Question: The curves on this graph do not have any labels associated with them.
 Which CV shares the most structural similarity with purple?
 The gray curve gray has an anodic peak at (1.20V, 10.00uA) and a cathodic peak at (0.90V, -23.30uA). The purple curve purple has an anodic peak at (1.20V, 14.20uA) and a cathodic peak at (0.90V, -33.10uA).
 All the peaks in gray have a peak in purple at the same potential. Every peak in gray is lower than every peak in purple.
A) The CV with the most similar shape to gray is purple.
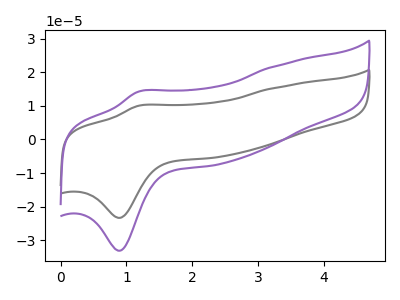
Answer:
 <answer>A) The CV with the most similar shape to "gray" is "purple".</answer>
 <eval>A</eval>